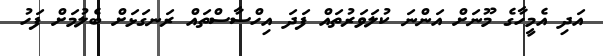
އަދި އެމީހާގެ މޫނަށް އަންނަ ކުލަވަރުތައް ފަދަ އިހްސާސްތައް ރަނގަޅަށް ބެލުމަށް ފަހު